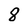
Character: 8